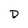
Character: D